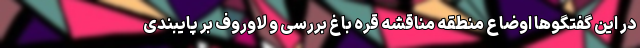
در این گفتگو‌ها اوضاع منطقه مناقشه قره باغ بررسی و لاوروف بر پایبندی